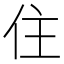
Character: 住